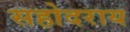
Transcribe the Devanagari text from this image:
सहोदराय